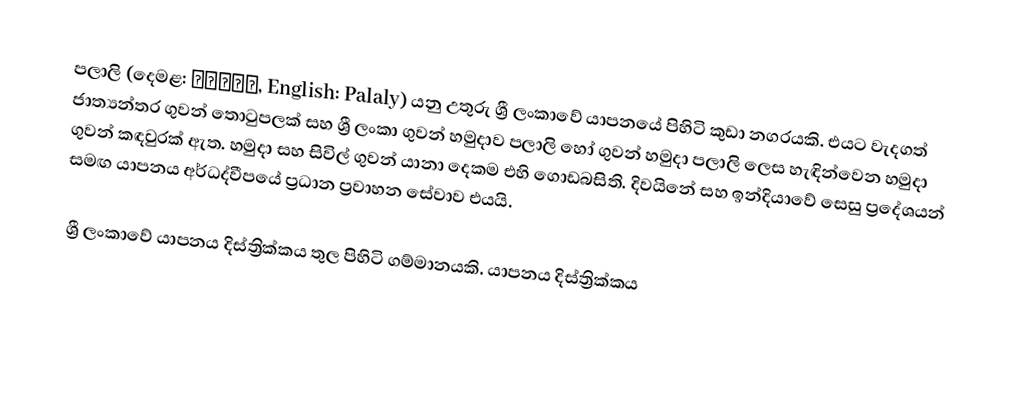
පලාලි (දෙමළ: பலாலி, English: Palaly) යනු උතුරු ශ්‍රී ලංකාවේ යාපනයේ පිහිටි කුඩා නගරයකි. එයට වැදගත් ජාත්‍යන්තර ගුවන් තොටුපලක් සහ ශ්‍රී ලංකා ගුවන් හමුදාව පලාලි හෝ ගුවන් හමුදා පලාලි ලෙස හැඳින්වෙන හමුදා ගුවන් කඳවුරක් ඇත. හමුදා සහ සිවිල් ගුවන් යානා දෙකම එහි ගොඩබසිති. දිවයිනේ සහ ඉන්දියාවේ සෙසු ප්‍රදේශයන් සමඟ යාපනය අර්ධද්වීපයේ ප්‍රධාන ප්‍රවාහන සේවාව එයයි.

ශ්‍රී ලංකාවේ යාපනය දිස්ත්‍රික්කය තුල පිහිටි ගම්මානයකි.   යාපනය දිස්ත්‍රික්කය